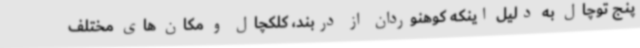
پنج توچال به دلیل اینکه کوهنوردان از دربند، کلکچال و مکان های مختلف